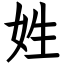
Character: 姓